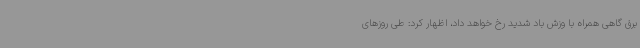
برق گاهی همراه با وزش باد شدید رخ خواهد داد، اظهار کرد: طی روزهای